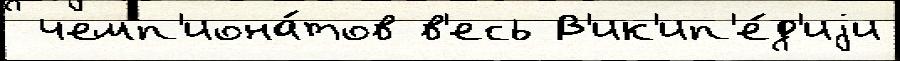
 чемп'иона́тов в'есь В'ик'ип'е́д'иjи